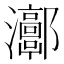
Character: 𤅝